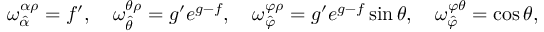
\omega _ { \hat { \alpha } } ^ { \alpha \rho } = f ^ { \prime } , \quad \omega _ { \hat { \theta } } ^ { \theta \rho } = g ^ { \prime } e ^ { g - f } , \quad \omega _ { \hat { \varphi } } ^ { \varphi \rho } = g ^ { \prime } e ^ { g - f } \sin \theta , \quad \omega _ { \hat { \varphi } } ^ { \varphi \theta } = \cos \theta ,